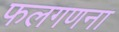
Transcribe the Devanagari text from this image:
फलगणना